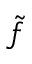
\tilde { f }